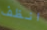
انظف